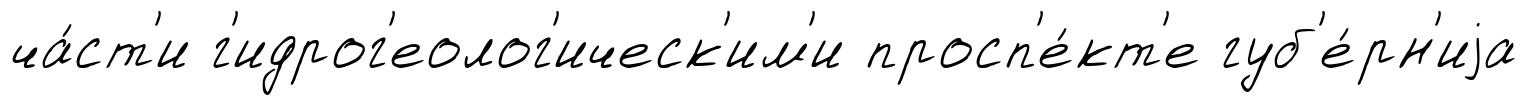
ча́ст'и г'идрог'еолог'ическ'им'и просп'е́кт'е губ'е́рн'иjа